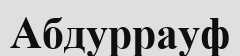
Абдуррауф